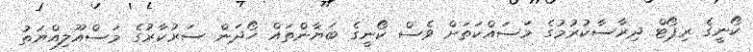
ކޯނީގެ ރިޕޯޓް ދިރާސާކުރުމުގެ މަސައްކަތަށް ވެސް ކޯނީގެ ބަޔާންތައް ހޯދަން ސަރުކާރުގެ މަސްއޫލިއްޔަތު